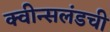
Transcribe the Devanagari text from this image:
क्वीन्सलंडची